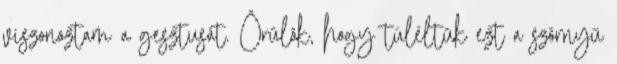
viszonoztam a gesztusát. Örülök, hogy túléltük ezt a szörnyű